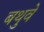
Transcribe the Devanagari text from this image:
बथुवे